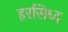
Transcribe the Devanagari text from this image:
हरसिध्द